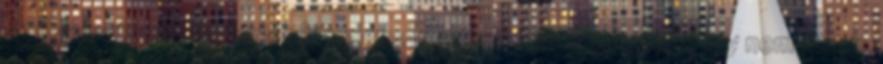
- folyamatosan tartanak készleten online pénztárgépeket, így nem indok,